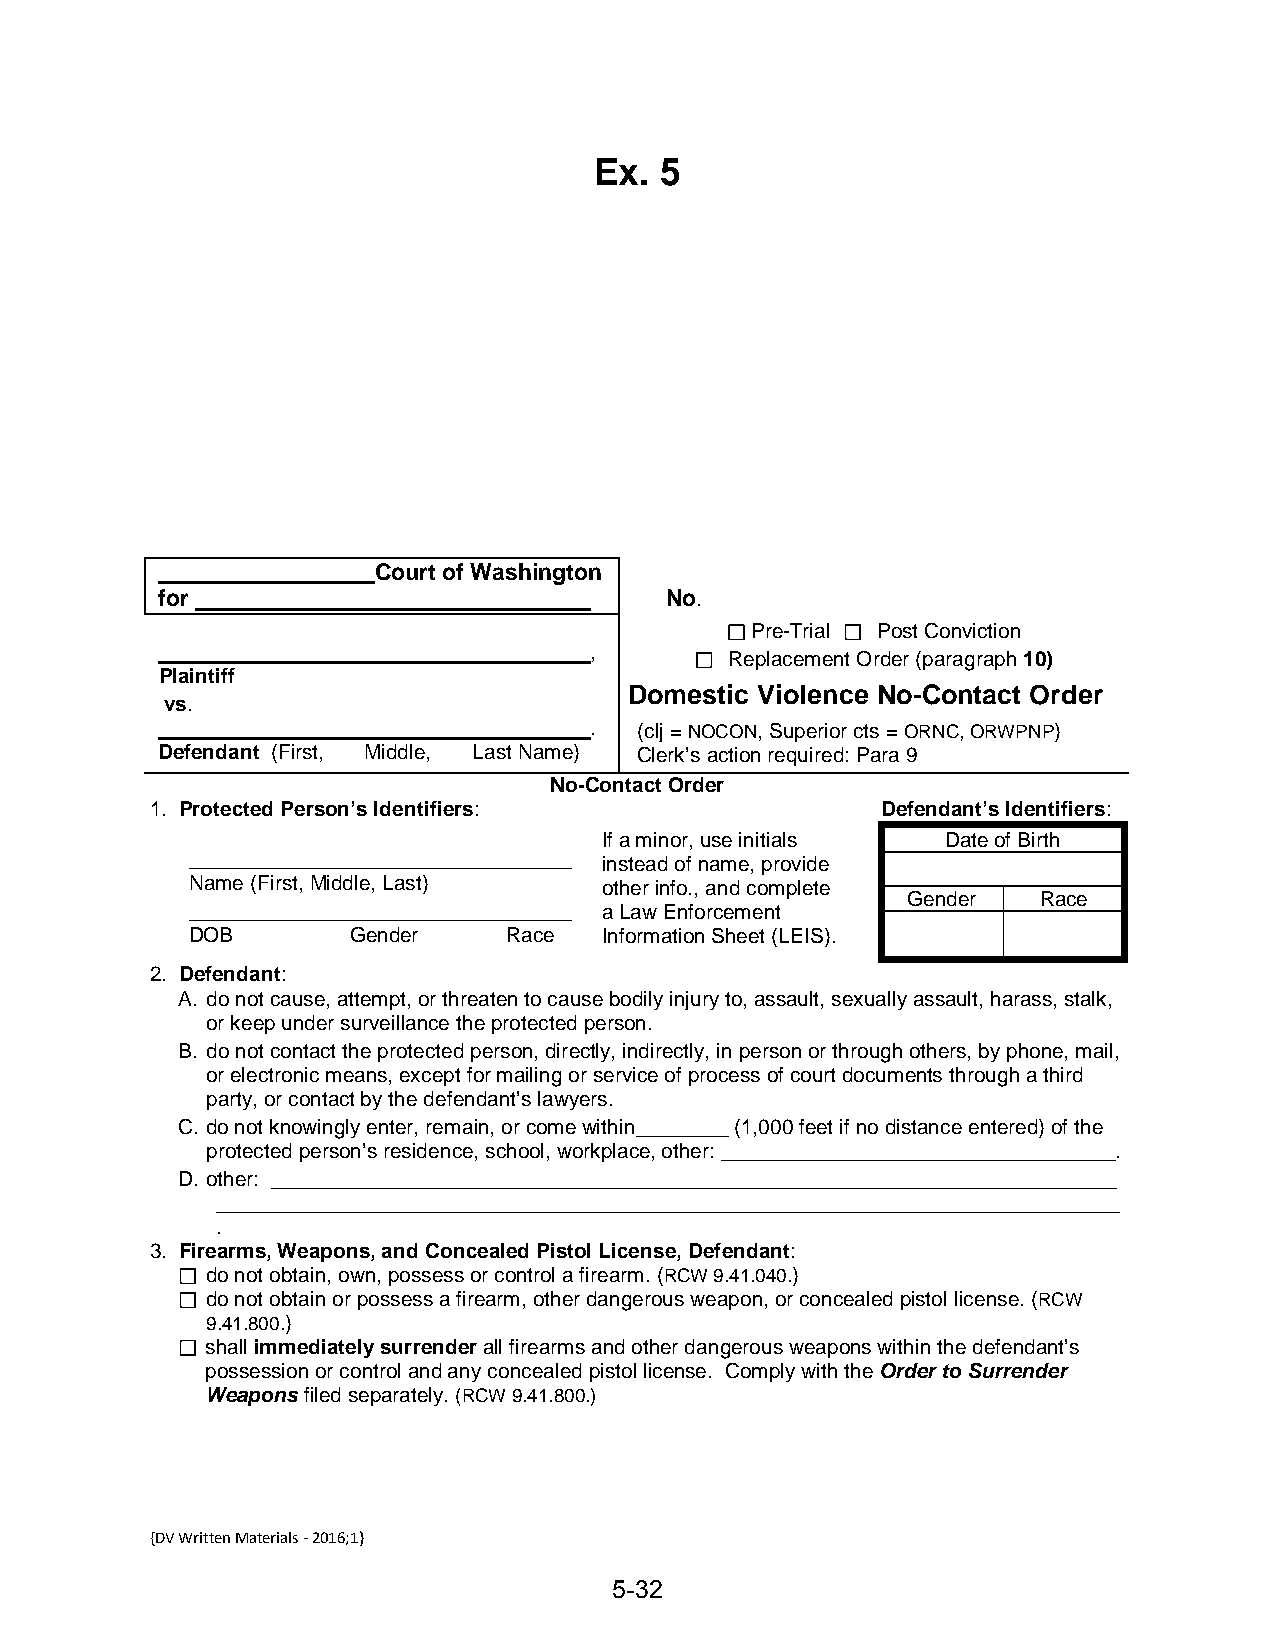
Ex.  5
 Court of Washington
 for                               No.
 Pre-Trial Post Conviction
 ,
 Replacement Order (paragraph 10)
 Plaintiff
 Domestic Violence No-Contact Order
 vs.
 .  (clj = NOCON, Superior cts = ORNC, ORWPNP)
 Defendant (First, Middle, Last Name) Clerk’s action required: Para 9
 No-Contact Order
 1. Protected Person’s Identifiers:              Defendant’s Identifiers:
 If a minor, use initials Date of Birth
 _________________________________ instead of name, provide
 Name (First, Middle, Last) other info., and complete
 Gender   Race
 _________________________________ a Law Enforcement
 DOB       Gender     Race  Information Sheet (LEIS).
 2. Defendant:
 A. do not cause, attempt, or threaten to cause bodily injury to, assault, sexually assault, harass, stalk,
 or keep under surveillance the protected person.
 B. do not contact the protected person, directly, indirectly, in person or through others, by phone, mail,
 or electronic means, except for mailing or service of process of court documents through a third
 party, or contact by the defendant’s lawyers.
 C. do not knowingly enter, remain, or come within________ (1,000 feet if no distance entered) of the
 protected person’s residence, school, workplace, other: __________________________________.
 D. other: _________________________________________________________________________
 ______________________________________________________________________________
 .
 3. Firearms, Weapons, and Concealed Pistol License, Defendant:
 do not obtain, own, possess or control a firearm. (RCW 9.41.040.)
 do not obtain or possess a firearm, other dangerous weapon, or concealed pistol license. (RCW
 9.41.800.)
 shall immediately surrender all firearms and other dangerous weapons within the defendant’s
 possession or control and any concealed pistol license. Comply with the Order to Surrender
 Weapons filed separately. (RCW 9.41.800.)
 {DV Written Materials - 2016;1}
 5-32